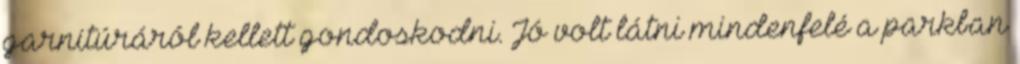
garnitúráról kellett gondoskodni. Jó volt látni mindenfelé a parkban